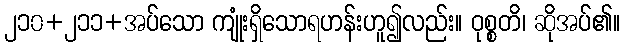
၂၁၀+၂၁၁+အပ်သော ကျုံးရှိသောရဟန်းဟူ၍လည်း။ ဝုစ္စတိ၊ ဆိုအပ်၏။